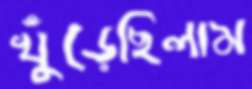
খুঁড়েছিলাম